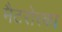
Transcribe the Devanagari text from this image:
मैटरोस्का